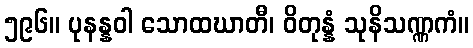
၅၉၆။ ပုနန္နဝါ သောထဃာတီ၊ ဝိတုန္နံ သုနိသဏ္ဏကံ။